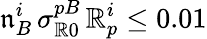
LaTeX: \mathfrak{n}_{B}^{i}\, \sigma_{\mathbb{R}0}^{pB}\, {\cal\mathbb{R}}_{p}^{i}\le0.01